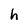
Character: h